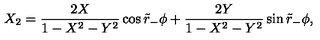
X _ { 2 } = { \frac { 2 X } { 1 - X ^ { 2 } - Y ^ { 2 } } } \cos \tilde { r } _ { - } \phi + { \frac { 2 Y } { 1 - X ^ { 2 } - Y ^ { 2 } } } \sin \tilde { r } _ { - } \phi ,